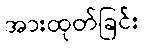
အားထုတ်ခြင်း